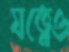
যত্নেও